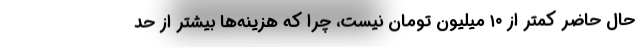
حال حاضر كمتر از ۱۰ ميليون تومان نيست، چرا كه هزينه‌ها بيشتر از حد